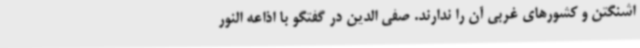
اشنگتن و کشورهای غربی آن را ندارند. صفی الدین در گفتگو با اذاعه النور